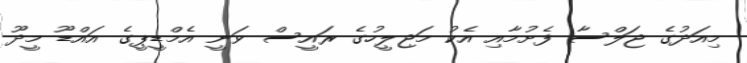
މިއަދުގެ ޖަލްސާ ފެށުމާއި އެކު މަޖިލީހުގެ ރައީސް ވަނީ އެމްޑީޕީގެ އައްޑޫ މީދޫ